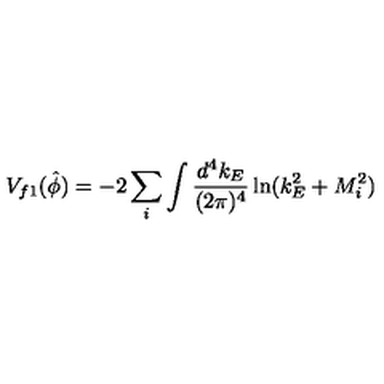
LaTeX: V _ { f 1 } ( \hat { \phi } ) = - 2 \sum _ { i } \int \frac { d ^ { 4 } k _ { E } } { ( 2 \pi ) ^ { 4 } } \ln ( k _ { E } ^ { 2 } + M _ { i } ^ { 2 } )